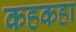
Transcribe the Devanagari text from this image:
कहकहा